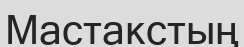
Мастакстың